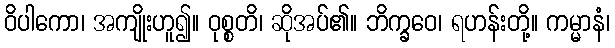
ဝိပါကော၊ အကျိုးဟူ၍။ ဝုစ္စတိ၊ ဆိုအပ်၏။ ဘိက္ခဝေ၊ ရဟန်းတို့။ ကမ္မာနံ၊